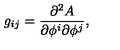
g _ { i j } = \frac { \partial ^ { 2 } A } { \partial \phi ^ { i } \partial \phi ^ { j } } ,